Medical and sanitary report of the native army of Bengal for the year
Year: 1874
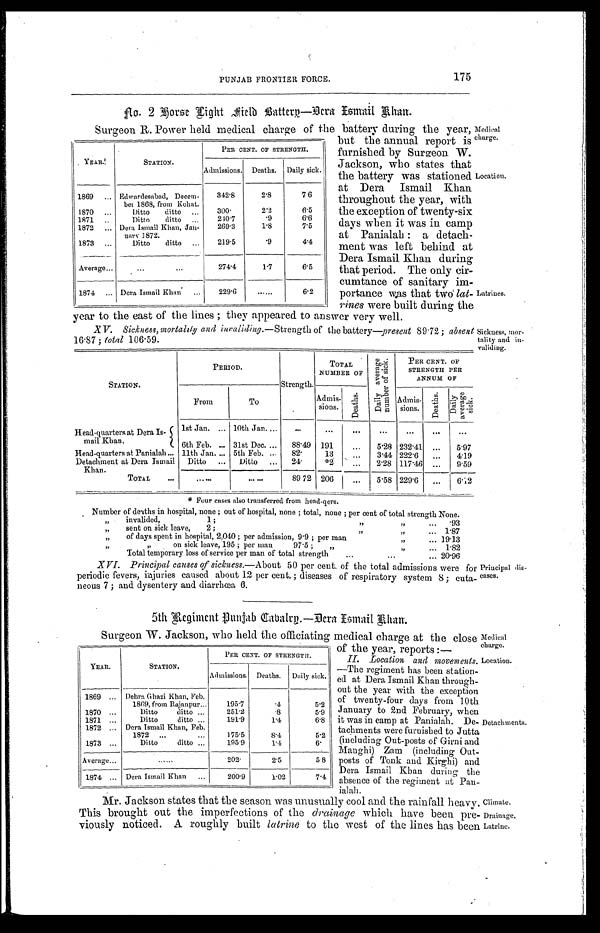
Medical
charge.
Location.
Climate.
Drainage,
Latrine.
PUNJAB FRONTIER FORCE.
175
NO. 2 Force Fight Field Battery-Dera Ismail Khan.
Surgeon R. Power held medical charge of the battery during the year, Medical
charge.
YEAR.
STATION.
PER CENT. OF STRENGTH.
Admissions. Deaths. Daily sick.
1869 ... Edwardesabad, Decem-
ber 1868, from Kohat.
342.8
2.8
7.6
1870 ...
Ditto ditto ...
300.
2.2
6.5
1871
. . . Ditto ditto
. . . 210.7
. 9
6.6
1872 ... Dera Ismail Khan, Jan-
n a r y 1 8 7 2 .
269.3
1.8
7.5
1873 ...
Ditto ditto ...
219.5
.9
4 . 4
Average . . .
...
...
274.4
1.7
6.5
1874 ... Dera Ismail Khan ...
229.6
......
6.2
but the annual report is
furnished by Surgeon W.
Jackson, who states that
the battery was stationed
at Dera Ismail Khan.
throughout the year, with
the exception of twenty-six
days when it was in camp
at Panialah : a detach
-ment was left behind at
Dera Ismail Khan during
that period. The only cir-
-cumtance of sanitary im-
-portance was that two lat--
rines were built during the
Location.
Latrines.
year to the east of the lines ; they appearecd to answer very well.
X V.Sickness, and invaliding.- Strength of the battery―present 89.72; abseni
16.87 ; total 106.59.
STATION.
P E R I O D .
Strength.
TOTAL
NUMBER OF
D a i l y a v e r a g e n u m b e r o f s i c k .
PER CENT. OF
STRENGTH ANNUM OF
F R O M
T O
Admis-sions.
D e a t h s .
Admis-sions.
Deaths.
D a i l y a v e r a g e s i c k .
H e a d - q u a r t e r s a t D e r a I s - m a i l K h a n .
1st Jan. ...
1st Jan. ...
1 0 t h J a n . ...
. . .
. . .
. . .
. . .
... ...
. . .
6th Feb. ... 31st Dec. . . . 88.49
1 9 1 ...
5 . 2 8
232.41...
5 . 9 7
Head-quarters at Panialah ... 11th Jan.
... 82.
... 5th Feb. . . .
8 2 .
1 3 ...
3 . 4 4
222.6...
4 . 1 9
Detachment at Dera Ismail khan. Ditto ...
Ditto ...
2 4 .
* 2 ...
2 . 2 8
117.46...
9 . 5 9
TOTAL
...
. . . . . .
. . . . . . 89 72 206
. . .
5 . 5 8
229.6 ...
6 . 1 2
* Four cases also transferred from head-qers.
Number of deaths in hospital, none ; out of hospital, none ; total, none ; per cent of total strength None.
, , invalided,
1 ;
, ,
, ,
...
.93
, , sent on sick leave, 2 ;
, ,
, , ... 1.87
, , of days spent in hospital, 2,040 ; per admission, 9.9 ; per man
, ,
, ,
... 19.13
, ,
, , o n s i c k l e a v e , 1 9 5 ; p e r m a n
9 7 . 5 ;
, ,
, ,
... 1.82
Total temporary loss of service per man of total strength
. . .
. . .
... 20.96
Sickness, mor-
tality and in-
validing.
XVI. Principal causes of sickness.- About 50 per cent. of the total admissions were for
periodic fevers, injuries caused about 12 per cent. ; diseases of respiratory system 8 ; cuta-
-neous 7 ; and dysentery and diarrhœa 6.
Principal dis-
eases.
5th Regiment Punjab Dabatry.-Dera Ismail Khan
.
Surgeon W. Jackson, who held the officiating medical charge at the close
YEAR.
STATION.
PER CENT. OF STRENGTH.
Admissions. Deaths. Daily sick.
1869 ... Debra Ghazi Khan, Feb.
1869, from Rajanpur...
195.7
.4
5.2
1870 ...
Ditto
ditto . . .
251.2 .8
5.9
1871 ...
Ditto
ditto ...
1 9 1 . 9
1.4
6.
1872 ... Dera Ismail Khan, Feb.1872 ... ...
1 7 5 . 5
8.4
5.2
1873 ...
Ditto
ditto . . .
1 9 5 . 9
1.4
.6
Average ...
. . . . . .
2 0 2 .
2.5
5.8
1874 ... Dera Ismail Khan ...
200.9 1.02
7.4
of the year, reports
:—
II. Location and movements.
-The regiment has been station-
-ed at Dera Ismail Khan through-
out the year with the exception
of twenty-four days from 10th
January to 2nd February, when
it was in camp at Panialah. De-
tachments were furnished to Jutta
(including Out-posts of Girni and
Manghi) Zam (including Out-
posts of Tonk and Kirghi) and
Dera Ismail Khan during the
absence of the regiment at Pan.
inlali.
Detachments.
Mr. Jackson states that the season was unusually cool and the rainfall heavy.
This brought out the imperfections of the drainage which. have been pre-
viously noticed. A roughly built latrine to the west of the lines has been